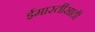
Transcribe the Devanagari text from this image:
ईमारतींसाठी